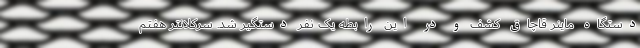
دستگاه ماینر قاچاق کشف و در این رابطه یک نفر دستگیر شد. سرکلانتر هفتم